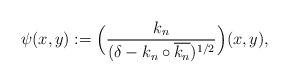
LaTeX: \begin{align*}\psi(x,y) := \Big(\frac{k_n}{(\delta - k_n\circ \overline{k_n})^{1/2}}\Big)(x,y),\end{align*}